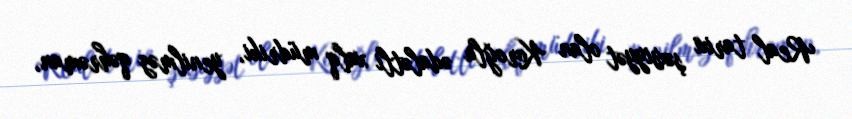
Real tarixi şəxsiyyət olan Koroğlu ədalətli xalq müdriki, yenilməz qəhrəman,